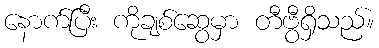
နောက်ပြီး ကိုချစ်ဆွေမှာ တီဗွီရှိသည်။